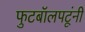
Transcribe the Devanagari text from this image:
फुटबॉलपटूंनी